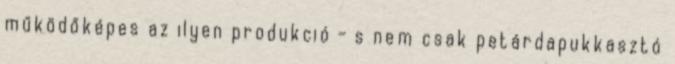
működőképes az ilyen produkció - s nem csak petárdapukkasztó